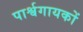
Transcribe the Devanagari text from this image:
पार्श्वगायकों